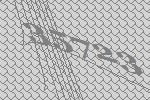
35723